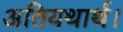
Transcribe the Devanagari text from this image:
अतियथार्थ।